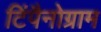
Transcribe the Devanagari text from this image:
टिंपैनोग्राम